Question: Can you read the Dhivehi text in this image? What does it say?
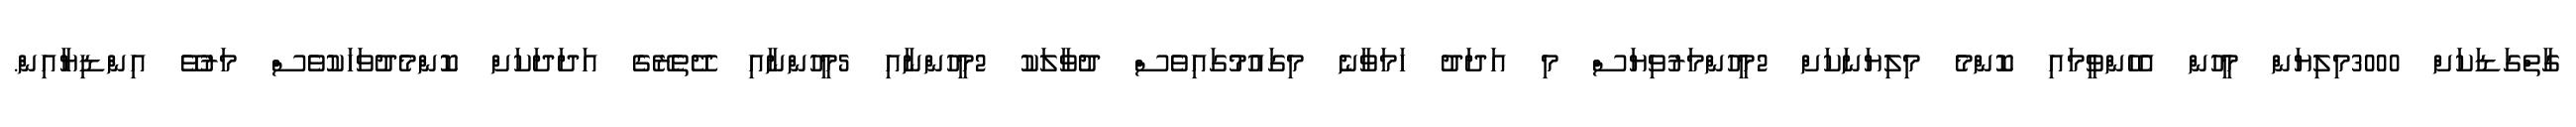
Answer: ގާތްގަޑަކަށް 3000މިލިޔަން މީހުން އެހެންވީމައި ކޮންމެ މިލިޔަނަކަށް 2މީހުންމަރުވިޔަސް މި އަދަދު ހަމަވާނެ މިގައުމުގައިވެސް ދުވާލަކު 2މީހުންނާއި 5މީހުންނާއި ދޭތެރޭގެ އަދަދަކަށް ކޮންމެދުވަހަކުވެސް މަރުވޭ އިންޑިޔާއިން.